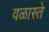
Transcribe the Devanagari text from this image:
वळास्ते